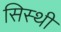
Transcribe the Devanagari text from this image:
सिस्थी